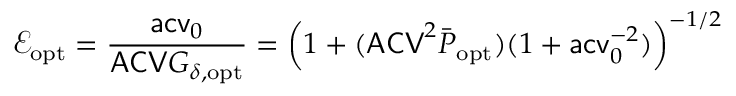
\mathcal E _ { \mathrm { o p t } } = \frac { \mathsf { a c v } _ { 0 } } { \mathsf { A C V } G _ { \delta , \mathrm { o p t } } } = \left( 1 + ( \mathsf { A C V } ^ { 2 } \bar { P } _ { \mathrm { o p t } } ) ( 1 + \mathsf { a c v } _ { 0 } ^ { - 2 } ) \right) ^ { - 1 / 2 }